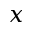
x